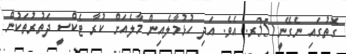
ގޮތުގައި ނެގޭނީ 35ރ. އެވެ. އަދި ހުޅުމާލެއިން މާލެއަށް ކުރާ ޓެކްސީ ދަތުރުތަކުން